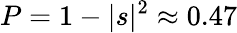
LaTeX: P=1-|s|^{2}\approx 0.47